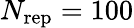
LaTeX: N_{\mathrm{rep}}=100